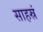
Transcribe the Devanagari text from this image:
साहस्रं